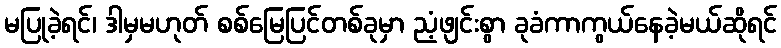
မပြုခဲ့ရင်၊ ဒါမှမဟုတ် စစ်မြေပြင်တစ်ခုမှာ ညံ့ဖျင်းစွာ ခုခံကာကွယ်နေခဲ့မယ်ဆိုရင်